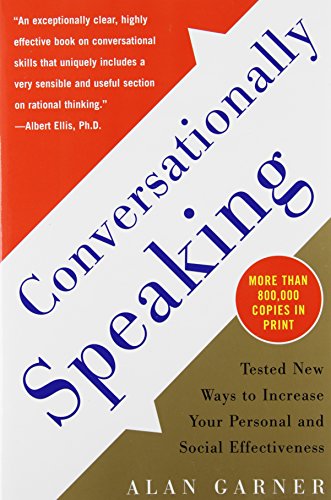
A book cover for Conversationally Speaking: Tested New Ways to Increase Your Personal and Social Effectiveness; Alan Garner; Self-Help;